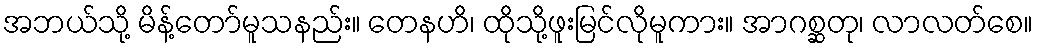
အဘယ်သို့ မိန့်တော်မူသနည်း။ တေနဟိ၊ ထိုသို့ဖူးမြင်လိုမူကား။ အာဂစ္ဆတု၊ လာလတ်စေ။